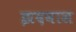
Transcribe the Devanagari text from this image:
झदवास